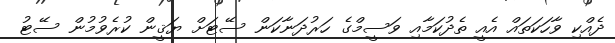
ދެއްކި ވާހަކަތައް އެއީ ތެދުކަމާއި ވަސީމްގެ ހަރުދަނާކަން ސޭޓަށް ޔަޤީން ކުރެވުމުން ސޭޓު